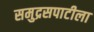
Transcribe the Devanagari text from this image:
समुद्रसपाटीला